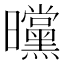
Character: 曭